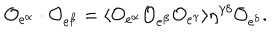
LaTeX: { \cal O } _ { e ^ { \alpha } } \cdot { \cal O } _ { e ^ { \beta } } = \langle { \cal O } _ { e ^ { \alpha } } { \cal O } _ { e ^ { \beta } } { \cal O } _ { e ^ { \gamma } } \rangle \eta ^ { \gamma \delta } { \cal O } _ { e ^ { \delta } } .